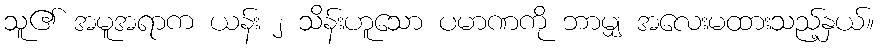
သူ၏ အမူအရာက ယန်း ၂ သိန်းဟူသော ပမာဏကို ဘာမျှ အလေးမထားသည့်နှယ်။